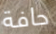
حافة